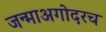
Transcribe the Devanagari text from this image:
जन्माअगोदरच